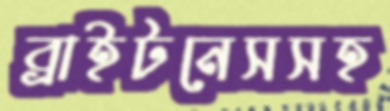
ব্রাইটনেসসহ